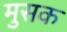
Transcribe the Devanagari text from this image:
मुसक